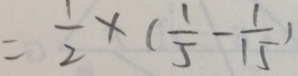
= \frac { 1 } { 2 } \times ( \frac { 1 } { 5 } - \frac { 1 } { 1 5 } )